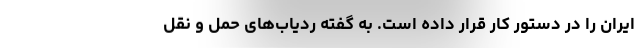
ایران را در دستور کار قرار داده است. به گفته ردیاب‌های حمل و نقل